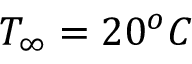
T _ { \infty } = 2 0 ^ { o } C